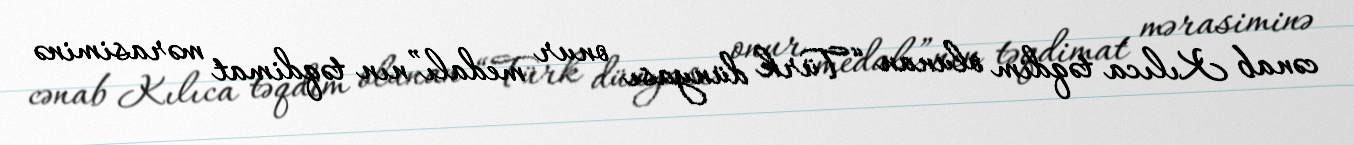
cənab Kılıca təqdim olunan “Türk dünyası onur medalı”nın təqdimat mərasiminə